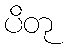
ပိတု